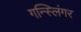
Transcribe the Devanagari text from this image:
गन्स्लिंगर